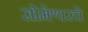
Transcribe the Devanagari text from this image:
सोमेश्वरचे